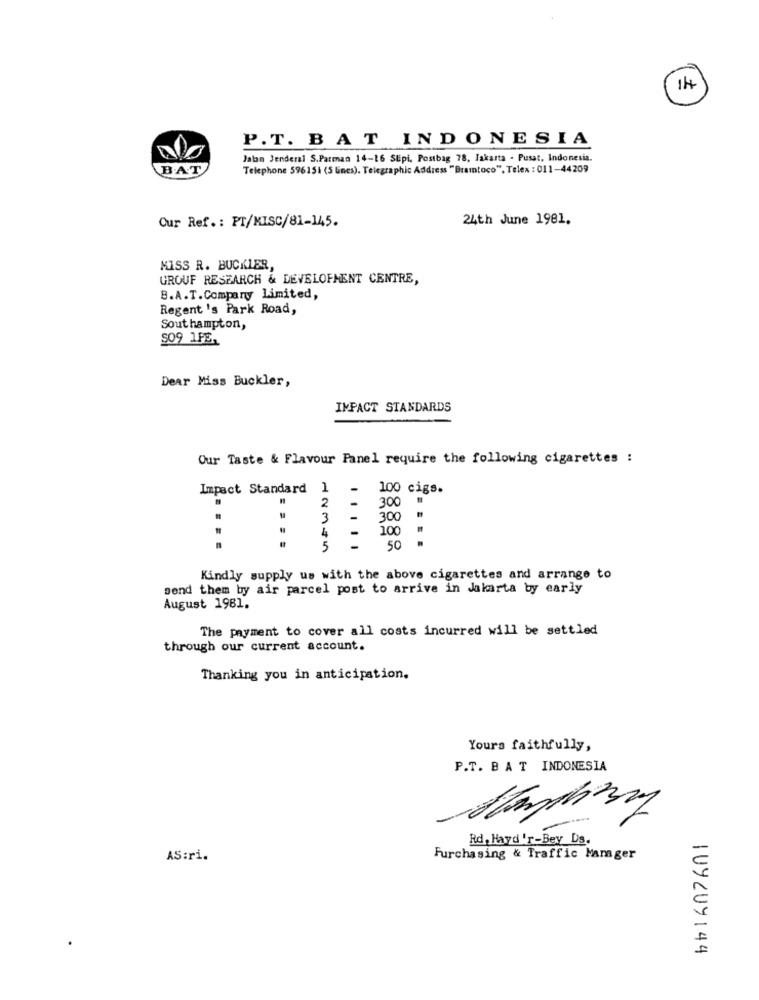
14
P.T. BAT INDONESIA
Jalan Jenderal S.Parmaa 14-16 SUpi, Postbag 78, Jakarta - Pusat, Indonesia.
BAT
Telephone 596151 (5 lines). Telegraphic Address "Bramtoco", Telex : 011-44209
Our Ref .: PT/MISC/81-145.
24th June 1981.
MISS R. BUCKLER,
GROUF RESEARCH & DEVELOPMENT CENTRE,
B.A.T.Company Limited,
Regent 's Park Road,
Southampton,
$09 1FE,
Dear Miss Buckler,
IMPACT STANDARDS
Our Taste & Flavour Panel require the following cigarettes :
Impact Standard
1
100 cigs.
300
2
3
300
100
4
-
....
5
-
50
Kindly supply us with the above cigarettes and arrange to
send them by air parcel post to arrive in Jakarta by early
August 1981.
The payment to cover all costs incurred will be settled
through our current account.
Thanking you in anticipation.
Yours faithfully,
P.T. BAT INDONESIA
-
Rd, Hayd'r-Bey Ds.
AS:ri.
Furchasing & Traffic Manager
1UYCUY144